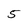
Character: 5